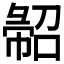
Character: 𢑦